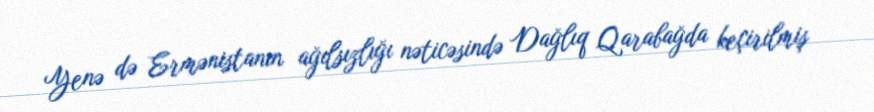
Yenə də Ermənistanın ağılsızlığı nəticəsində Dağlıq Qarabağda keçirilmiş